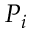
P _ { i }